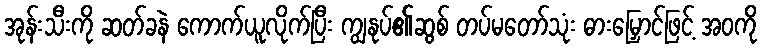
အုန်းသီးကို ဆတ်ခနဲ ကောက်ယူလိုက်ပြီး ကျွနုပ်၏ဆွစ် တပ်မတော်သုံး ဓားမြှောင်ဖြင့် အဝကို